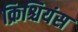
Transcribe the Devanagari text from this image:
क्रिश्चियंस